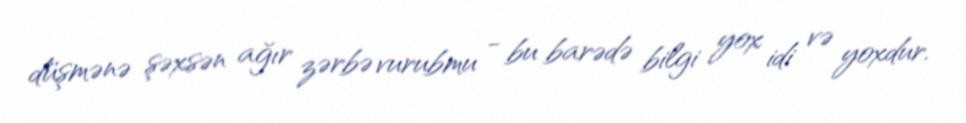
düşmənə şəxsən ağır zərbə vurubmu - bu barədə bilgi yox idi və yoxdur.